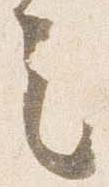
之